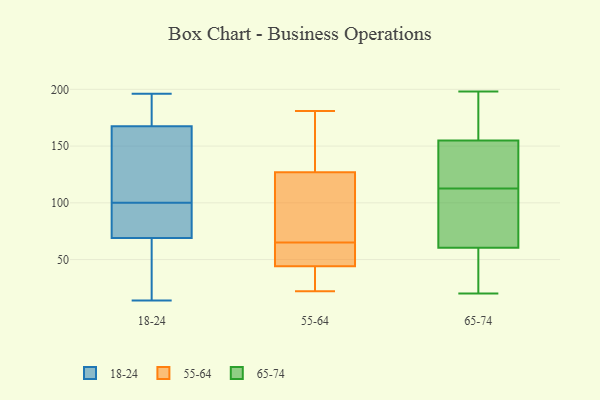
{"axis": {"x": "Humidity (%)", "y": "Value"}, "legend": ["18-24", "55-64", "65-74"], "data": [{"x": "", "y": 178, "type": "18-24"}, {"x": "", "y": 24, "type": "18-24"}, {"x": "", "y": 141, "type": "18-24"}, {"x": "", "y": 18, "type": "18-24"}, {"x": "", "y": 196, "type": "18-24"}, {"x": "", "y": 195, "type": "18-24"}, {"x": "", "y": 94, "type": "18-24"}, {"x": "", "y": 54, "type": "18-24"}, {"x": "", "y": 100, "type": "18-24"}, {"x": "", "y": 14, "type": "18-24"}, {"x": "", "y": 108, "type": "18-24"}, {"x": "", "y": 90, "type": "18-24"}, {"x": "", "y": 145, "type": "18-24"}, {"x": "", "y": 74, "type": "18-24"}, {"x": "", "y": 183, "type": "18-24"}, {"x": "", "y": 82, "type": "18-24"}, {"x": "", "y": 164, "type": "18-24"}, {"x": "", "y": 111, "type": "55-64"}, {"x": "", "y": 64, "type": "55-64"}, {"x": "", "y": 42, "type": "55-64"}, {"x": "", "y": 37, "type": "55-64"}, {"x": "", "y": 44, "type": "55-64"}, {"x": "", "y": 22, "type": "55-64"}, {"x": "", "y": 175, "type": "55-64"}, {"x": "", "y": 57, "type": "55-64"}, {"x": "", "y": 66, "type": "55-64"}, {"x": "", "y": 33, "type": "55-64"}, {"x": "", "y": 119, "type": "55-64"}, {"x": "", "y": 64, "type": "55-64"}, {"x": "", "y": 170, "type": "55-64"}, {"x": "", "y": 181, "type": "55-64"}, {"x": "", "y": 127, "type": "55-64"}, {"x": "", "y": 148, "type": "55-64"}, {"x": "", "y": 46, "type": "55-64"}, {"x": "", "y": 76, "type": "55-64"}, {"x": "", "y": 192, "type": "65-74"}, {"x": "", "y": 113, "type": "65-74"}, {"x": "", "y": 116, "type": "65-74"}, {"x": "", "y": 112, "type": "65-74"}, {"x": "", "y": 79, "type": "65-74"}, {"x": "", "y": 198, "type": "65-74"}, {"x": "", "y": 33, "type": "65-74"}, {"x": "", "y": 169, "type": "65-74"}, {"x": "", "y": 20, "type": "65-74"}, {"x": "", "y": 141, "type": "65-74"}, {"x": "", "y": 42, "type": "65-74"}, {"x": "", "y": 100, "type": "65-74"}]}